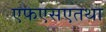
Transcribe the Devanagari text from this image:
एफएसएतथा